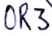
Text: CR3